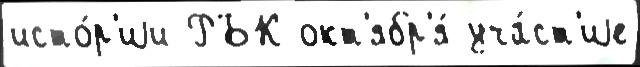
исто́р'иjи РБК окт'ябр'я́ уча́ст'иjе